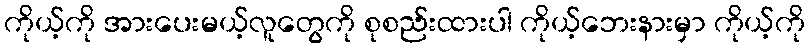
ကိုယ့်ကို အားပေးမယ့်လူတွေကို စုစည်းထားပါ ကိုယ့်ဘေးနားမှာ ကိုယ့်ကို